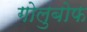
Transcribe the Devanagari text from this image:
गोलुबोफ